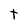
Character: t